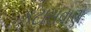
કટાસવાણ